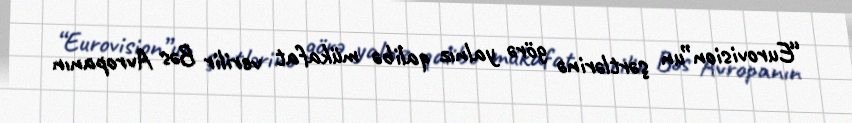
“Eurovision”un şərtlərinə görə yalnız qalibə mükafat verilir Bəs Avropanın